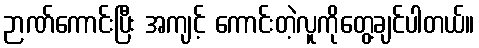
ဉာဏ်ကောင်းပြီး အကျင့် ကောင်းတဲ့လူကိုတွေ့ချင်ပါတယ်။